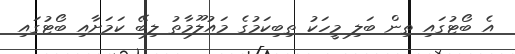
އެ ބޯޓުގައި ތިން ބަލި މީހަކު ތިބިކަމުގެ މައުލޫމާތު ލިބޭ ކަމަށާއި ބޯޓުގައި